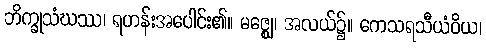
ဘိက္ခုသံဃဿ၊ ရဟန်းအပေါင်း၏။ မဇ္ဈေ၊ အလယ်၌။ ကေသရသီယံဝိယ၊